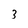
Character: 3